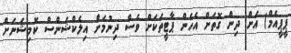
ޕީޕީއެމް) އަށް ދިން ގޮތަށް އެހެން ޕާޓީތަކަށް ވެސް ދިނުމަށް އިލެކްޝަންސް ކޮމިޝަނަށް